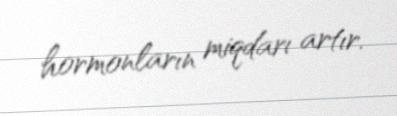
hormonların miqdarı artır.